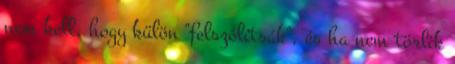
nem kell, hogy külön "felszólítsák", és ha nem törlik